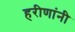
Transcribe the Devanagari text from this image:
हरीणांनी